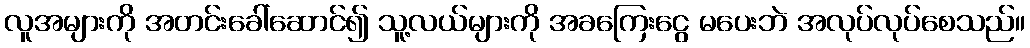
လူအများကို အတင်းခေါ်ဆောင်၍ သူ့လယ်များကို အခကြေးငွေ မပေးဘဲ အလုပ်လုပ်စေသည်။